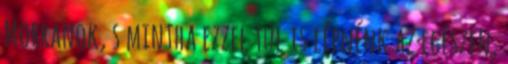
Morranok, s mintha ezzel túl is lépnénk az egészen,